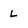
Character: L